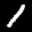
Label: 1